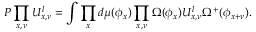
P \prod _ { x , \nu } U _ { x , \nu } ^ { l } = \int \prod _ { x } d \mu ( \phi _ { x } ) \prod _ { x , \nu } \Omega ( \phi _ { x } ) U _ { x , \nu } ^ { l } \Omega ^ { + } ( \phi _ { x + \nu } ) .